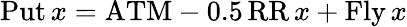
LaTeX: \operatorname{Put}x=\mathrm{ATM}-0.5\operatorname{RR}x+\operatorname{Fly}x